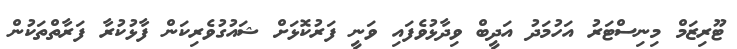
ޓޫރިޒަމް މިނިސްޓަރު އަހުމަދު އަދީބް ވިދާޅުވެފައި ވަނީ ފަރުކޮޅަށް ޝައުގުވެރިކަން ފާޅުކުރާ ފަރާތްތަކުން